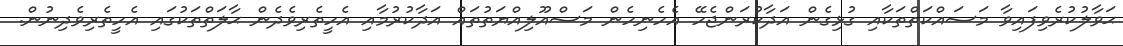
ޙަވާލުކުރެވިފައިވާ މަސައްކަތްތަކާއި ގުޅިގެން އަދާކުރަންޖެހޭ އެހެނިހެން މަސްއޫލިއްޔަތުތައް އަދާކުރުމާއި އެހީތެރިވެދެން ޙާލަތްތަކުގައި އެހީތެރިވެދިނުން.